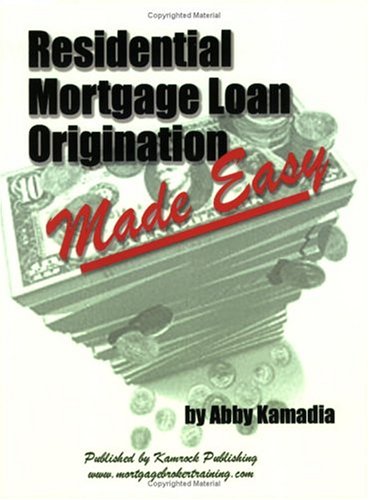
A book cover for Residential Mortgage Loan Origination Made Easy; Abby Kamadia; Business & Money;